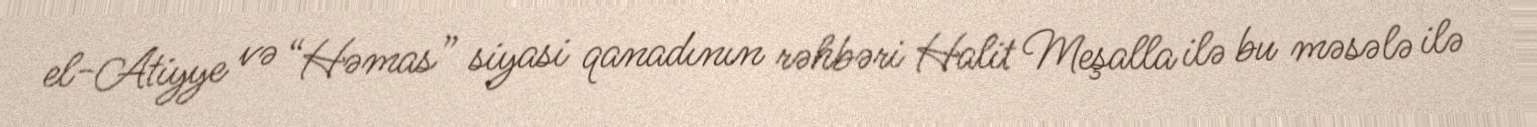
el-Atiyye və “Həmas” siyasi qanadının rəhbəri Halit Meşalla ilə bu məsələ ilə